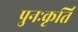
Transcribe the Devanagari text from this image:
पुनःकृर्ति